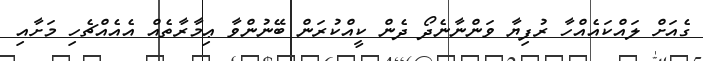
ގެއަށް ލައްކައެއްހާ ރުފިޔާ ވަންނާނެދޯ ދެން ކީއްކުރަން ބޭނުންވާ ޢިމާރާތެއް އެއެއްޗެހި މަށާއި